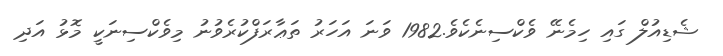
ޝެޑިއުލް ގައި ހިމެނޭ ވެކްސިނެކެވެ.1982 ވަނަ އަހަރު ތަޢާރަފްކުރެވުނު މިވެކްސިނަކީ މޮޅު އަދި